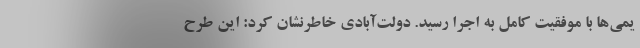
یمی‌ها با موفقیت کامل به اجرا رسید. دولت‌آبادی خاطرنشان کرد: این طرح